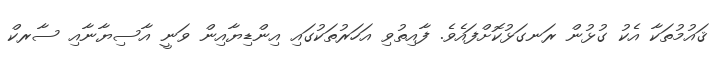
ޤައުމުތަކާ އެކު ގުޅުން ރަނގަޅުކޮށްފައެވެ. ފާއިތުވި އަހަރުތަކުގައި އިންޑިޔާއިން ވަނީ އާސިޔާނާއި ސާރކް